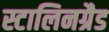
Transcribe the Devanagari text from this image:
स्टालिनग्रैड